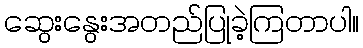
ဆွေးနွေးအတည်ပြုခဲ့ကြတာပါ။